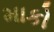
માકો